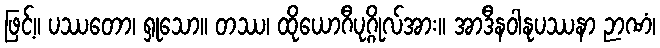
ဖြင့်။ ပဿတော၊ ရှုသော။ တဿ၊ ထိုယောဂီပုဂ္ဂိုလ်အား။ အာဒီနဝါနုပဿနာ ဉာဏံ၊